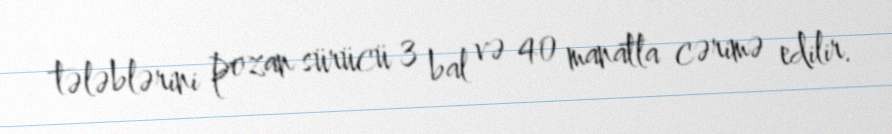
tələblərini pozan sürücü 3 bal və 40 manatla cərimə edilir.